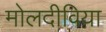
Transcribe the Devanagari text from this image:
मोलदीविया